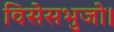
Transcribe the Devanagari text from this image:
विसेसभुजो।